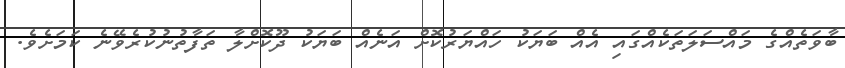
ބާވަތެއްގެ މައްސަލަތަކެއްގައި އެއް ބަޔަކު ހައްޔަރުކޮށް އަނެއް ބަޔަކު ދޫކޮށްލާ ތަފާތުނުކުރެވޭނެ ކަމަށެވެ.